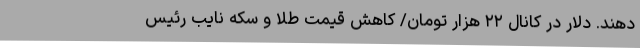
دهند. دلار در کانال ۲۲ هزار تومان/ کاهش قیمت طلا و سکه نایب رئیس